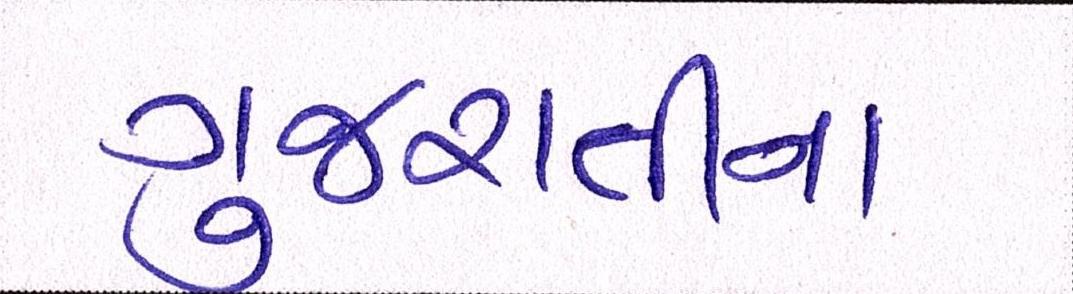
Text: ગુજરાતીના